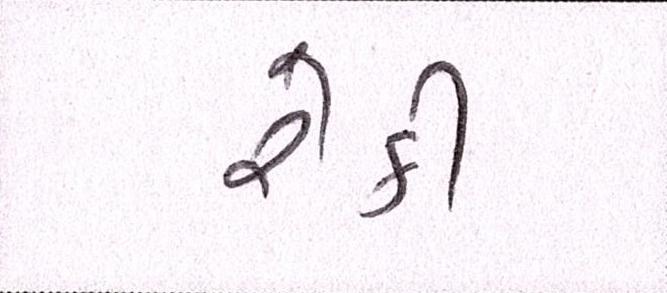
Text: રેકી